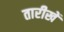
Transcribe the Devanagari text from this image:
तारीखेँ